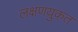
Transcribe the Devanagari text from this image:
लक्षणयुकत